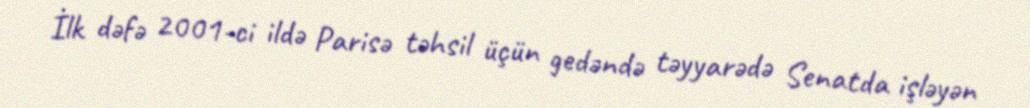
İlk dəfə 2001-ci ildə Parisə təhsil üçün gedəndə təyyarədə Senatda işləyən